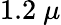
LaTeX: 1.2~\mu